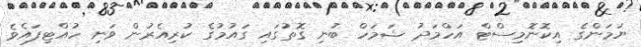
ޔަމަންގެ އިކޮނޮމިސްޓް އަހްމަދު ޝަމަހް ބުނި ގޮތުގައި ގަައުމުގެ ކުރިއެރުން ވަނި ހުއްޓިފައެވެ